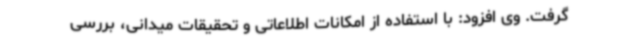
گرفت. وی افزود: با استفاده از امکانات اطلاعاتی و تحقیقات میدانی، بررسی